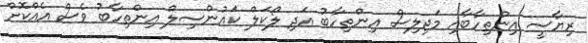
ރިޔާސީ އިންތިހާބާއި މަޖިލިސް އިންތިހާބު އަދި ލޯކަލް ކައުންސިލް އިންތިހާބު ވެސް އެއްކޮށް